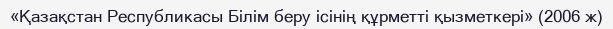
«Қазақстан Республикасы Білім беру ісінің құрметті қызметкері» (2006 ж)